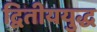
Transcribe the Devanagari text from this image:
द्वितीययुद्ध